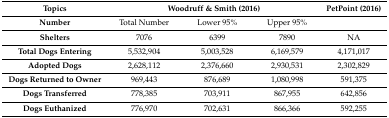
<table><thead><tr><td><b>Topics</b></td><td colspan="3"><b>Woodruff &amp; Smith (2016)</b></td><td><b>PetPoint (2016)</b></td></tr></thead><tbody><tr><td><b>Number</b></td><td>Total Number</td><td>Lower 95%</td><td>Upper 95%</td><td></td></tr><tr><td><b>Shelters</b></td><td>7076</td><td>6399</td><td>7890</td><td>NA</td></tr><tr><td><b>Total Dogs Entering</b></td><td>5,532,904</td><td>5,003,528</td><td>6,169,579</td><td>4,171,017</td></tr><tr><td><b>Adopted Dogs</b></td><td>2,628,112</td><td>2,376,660</td><td>2,930,531</td><td>2,302,829</td></tr><tr><td><b>Dogs Returned to Owner</b></td><td>969,443</td><td>876,689</td><td>1,080,998</td><td>591,375</td></tr><tr><td><b>Dogs Transferred</b></td><td>778,385</td><td>703,911</td><td>867,955</td><td>642,856</td></tr><tr><td><b>Dogs Euthanized</b></td><td>776,970</td><td>702,631</td><td>866,366</td><td>592,255</td></tr></tbody></table>